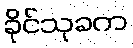
ခိုင်သုခက